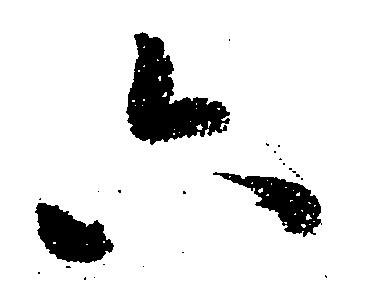
六